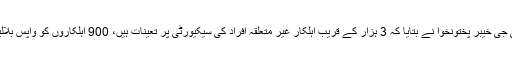
غیر متعلقہ لوگوں کے پاس سیکیورٹی کے نام پر کتنی پولیس فورس ہے جس پرآئی جی خیبر پختونخوا نے بتایا کہ 3 ہزار کے قریب اہلکار غیر متعلقہ افراد کی سیکیورٹی پر تعینات ہیں، 900 اہلکاروں کو واپس بلالیا گیا ہے جب کہ دیگر کو مرحلہ وار واپس بلارہے ہیں، اس میں ایک ہفتہ لگے گا۔